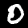
Digit: 0